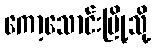
ကော့သောင်းမြို့သို့